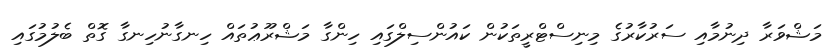
މަޝްވަރާ ދިނުމާއި ސަރުކާރުގެ މިނިސްޓްރީތަކުން ކައުންސިލްގައި ހިންގާ މަޝްރޫޢުތައް ހިނގާނުހިނގާ ގޮތް ބެލުމުގައި